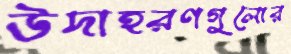
উদাহরণগুলোর